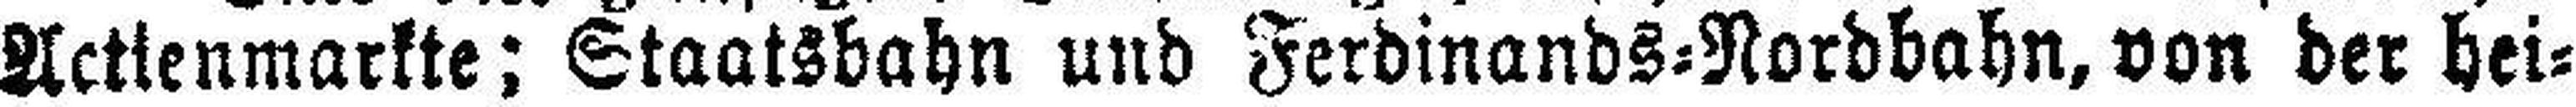
Actienmarkte: Staatsbahn und Ferdinands=Nordbahn, von der hei¬